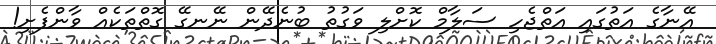
އޭނާގެ އަތުގައި އަތްޖެހި ސަލާމް ކޮށްލި ވަގުތު ބުނެދޭން ނޭނގޭ ގޮތްތަކެއް ވާންފެށި!